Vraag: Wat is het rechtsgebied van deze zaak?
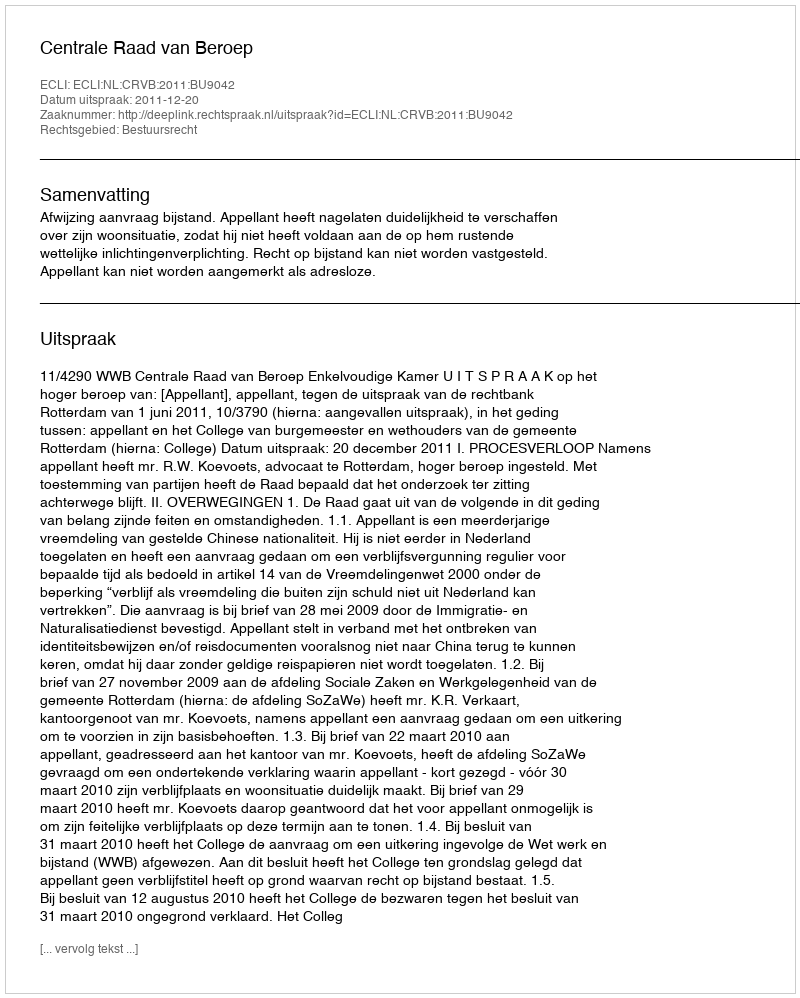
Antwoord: Bestuursrecht